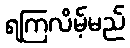
ရကြလိမ့်မည်